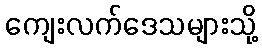
ကျေးလက်ဒေသများသို့